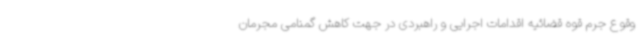
وقوع جرم قوه قضائیه اقدامات اجرایی و راهبردی در جهت کاهش گمنامی مجرمان